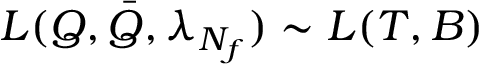
{ \cal L } ( Q , \bar { Q } , \lambda _ { N _ { f } } ) \sim { \cal L } ( T , B )